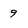
Character: 9